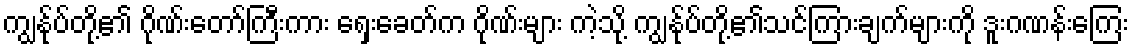
ကျွန်ုပ်တို့၏ ဂိုဏ်းတော်ကြီးကား ရှေးခေတ်က ဂိုဏ်းများ ကဲ့သို့ ကျွန်ုပ်တို့၏သင်ကြားချက်များကို ဒူးဂဏန်းကြေး